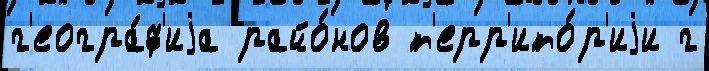
г'еогра́ф'иjа райо́нов т'ерр'ито́р'иjи г